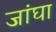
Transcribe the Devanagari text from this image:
जांघा